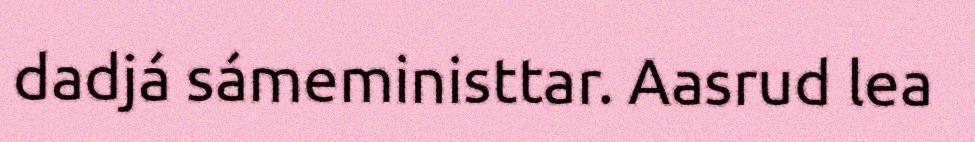
dadjá sámeministtar. Aasrud lea